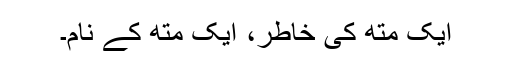
ایک متھ کی خاطر، ایک متھ کے نام۔